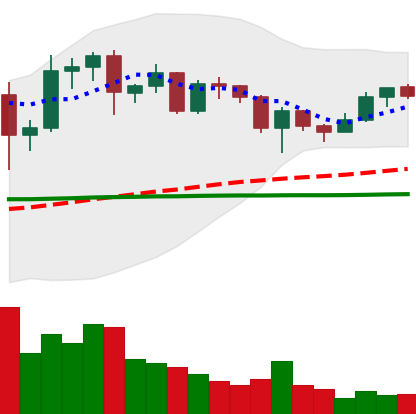
Ticker: ADA-USD
Chart end date: 2020-12-15
Forward return: 4.979%
Label: up_3_5